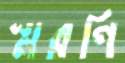
স্মরণি